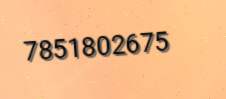
7851802675